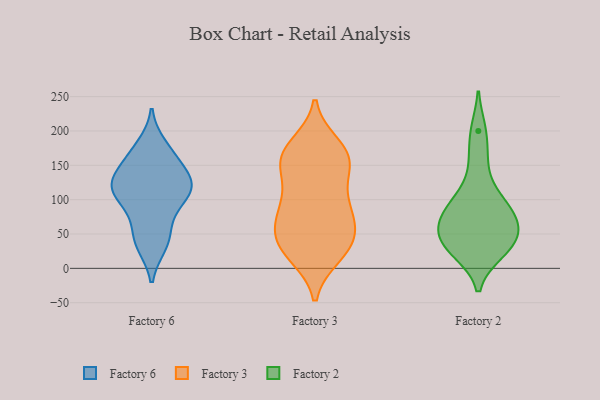
{"axis": {"x": "Production Output", "y": "Value"}, "legend": ["Factory 2", "Factory 3", "Factory 6"], "data": [{"x": "", "y": 113, "type": "Factory 6"}, {"x": "", "y": 144, "type": "Factory 6"}, {"x": "", "y": 156, "type": "Factory 6"}, {"x": "", "y": 37, "type": "Factory 6"}, {"x": "", "y": 116, "type": "Factory 6"}, {"x": "", "y": 95, "type": "Factory 6"}, {"x": "", "y": 178, "type": "Factory 6"}, {"x": "", "y": 49, "type": "Factory 6"}, {"x": "", "y": 168, "type": "Factory 6"}, {"x": "", "y": 127, "type": "Factory 6"}, {"x": "", "y": 76, "type": "Factory 6"}, {"x": "", "y": 115, "type": "Factory 6"}, {"x": "", "y": 34, "type": "Factory 6"}, {"x": "", "y": 117, "type": "Factory 6"}, {"x": "", "y": 122, "type": "Factory 6"}, {"x": "", "y": 155, "type": "Factory 3"}, {"x": "", "y": 20, "type": "Factory 3"}, {"x": "", "y": 88, "type": "Factory 3"}, {"x": "", "y": 53, "type": "Factory 3"}, {"x": "", "y": 29, "type": "Factory 3"}, {"x": "", "y": 86, "type": "Factory 3"}, {"x": "", "y": 152, "type": "Factory 3"}, {"x": "", "y": 74, "type": "Factory 3"}, {"x": "", "y": 103, "type": "Factory 3"}, {"x": "", "y": 76, "type": "Factory 3"}, {"x": "", "y": 33, "type": "Factory 3"}, {"x": "", "y": 163, "type": "Factory 3"}, {"x": "", "y": 19, "type": "Factory 3"}, {"x": "", "y": 172, "type": "Factory 3"}, {"x": "", "y": 121, "type": "Factory 3"}, {"x": "", "y": 166, "type": "Factory 3"}, {"x": "", "y": 179, "type": "Factory 3"}, {"x": "", "y": 47, "type": "Factory 3"}, {"x": "", "y": 44, "type": "Factory 3"}, {"x": "", "y": 151, "type": "Factory 3"}, {"x": "", "y": 78, "type": "Factory 2"}, {"x": "", "y": 97, "type": "Factory 2"}, {"x": "", "y": 25, "type": "Factory 2"}, {"x": "", "y": 157, "type": "Factory 2"}, {"x": "", "y": 51, "type": "Factory 2"}, {"x": "", "y": 66, "type": "Factory 2"}, {"x": "", "y": 37, "type": "Factory 2"}, {"x": "", "y": 106, "type": "Factory 2"}, {"x": "", "y": 200, "type": "Factory 2"}, {"x": "", "y": 24, "type": "Factory 2"}, {"x": "", "y": 74, "type": "Factory 2"}, {"x": "", "y": 46, "type": "Factory 2"}]}